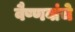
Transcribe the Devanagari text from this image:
वैष्णवांचे